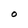
Character: O